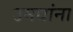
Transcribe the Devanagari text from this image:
उमद्यांना